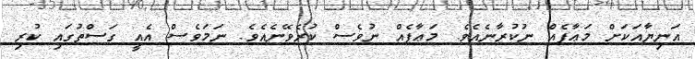
އަނިޔާއަކަށް މަޢާފެއް ނުކުރާނެއެވެ. މަޢާފެއް ނުވެސް ކުރެވޭނެއެވެ. ނަމަވެސް އެއީ ގަސްތުގައި ކުރި